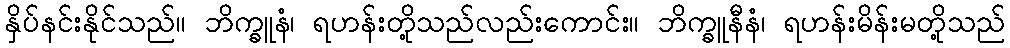
နှိပ်နင်းနိုင်သည်။ ဘိက္ခူနံ၊ ရဟန်းတို့သည်လည်းကောင်း။ ဘိက္ခူနီနံ၊ ရဟန်းမိန်းမတို့သည်